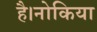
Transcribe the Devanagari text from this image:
है।नोकिया